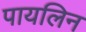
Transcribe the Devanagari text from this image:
पायलिन